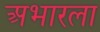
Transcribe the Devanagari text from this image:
अभारला